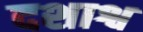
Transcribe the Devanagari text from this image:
दशाश्व